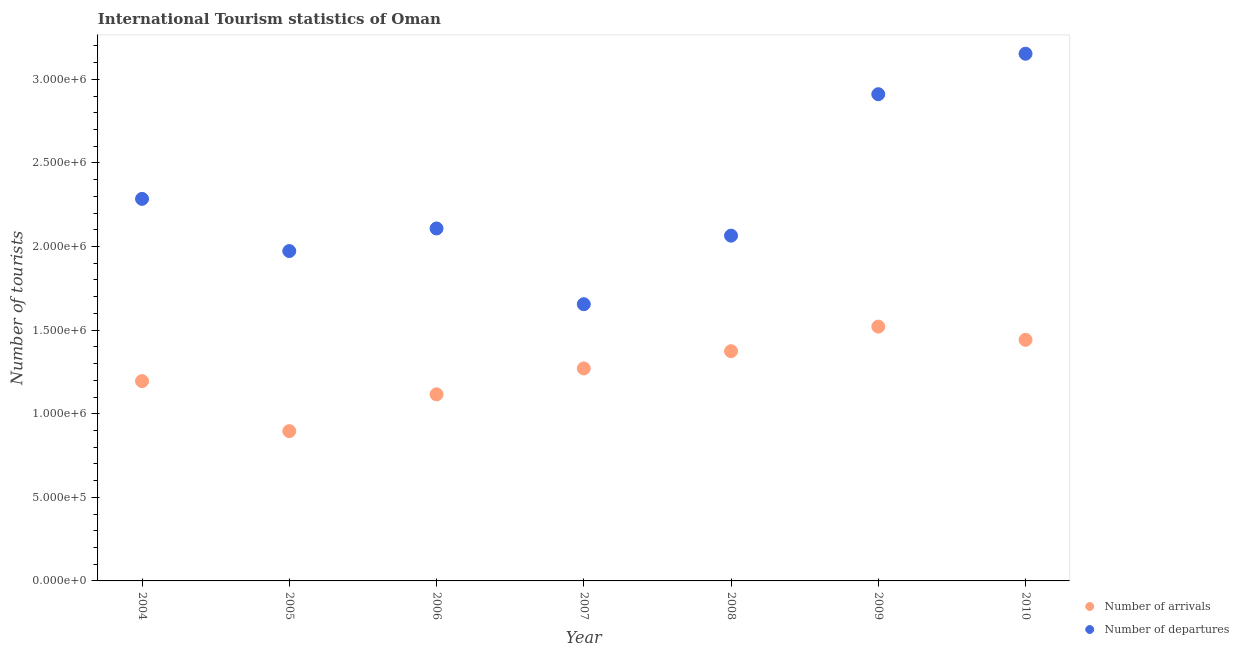
| Year | Number of arrivals | Number of departures |
 | --- | --- | --- |
 | 2004 | 1.2e+06 | 2.28e+06 |
 | 2005 | 8.96e+05 | 1.97e+06 |
 | 2006 | 1.12e+06 | 2.11e+06 |
 | 2007 | 1.27e+06 | 1.66e+06 |
 | 2008 | 1.37e+06 | 2.06e+06 |
 | 2009 | 1.52e+06 | 2.91e+06 |
 | 2010 | 1.44e+06 | 3.15e+06 |